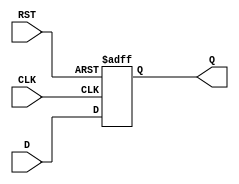
module StoreRegister #(
    parameter n = 8 // Define the bit width of the register
)(
    input  wire [n-1:0] D,    // Data input
    input  wire CLK,           // Clock input
    input  wire RST,           // Asynchronous reset
    output reg  [n-1:0] Q      // Data output
);

    // Sequential logic: Store data on rising edge of CLK or reset
    always @(posedge CLK or posedge RST) begin
        if (RST) begin
            Q <= {n{1'b0}}; // Resetting Q to 0 (n bits)
        end else begin
            Q <= D; // Capture input data D
        end
    end

endmodule